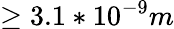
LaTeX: \ge 3.1*10^{-9}m